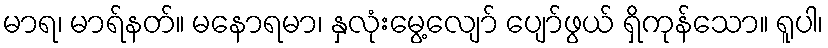
မာရ၊ မာရ်နတ်။ မနောရမာ၊ နှလုံးမွေ့လျော် ပျော်ဖွယ် ရှိကုန်သော။ ရူပါ၊